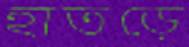
হাতড়ে